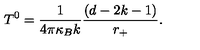
T ^ { 0 } = \frac { 1 } { 4 \pi \kappa _ { B } k } \frac { ( d - 2 k - 1 ) } { r _ { + } } .